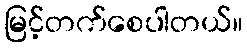
မြင့်တက်စေပါတယ်။